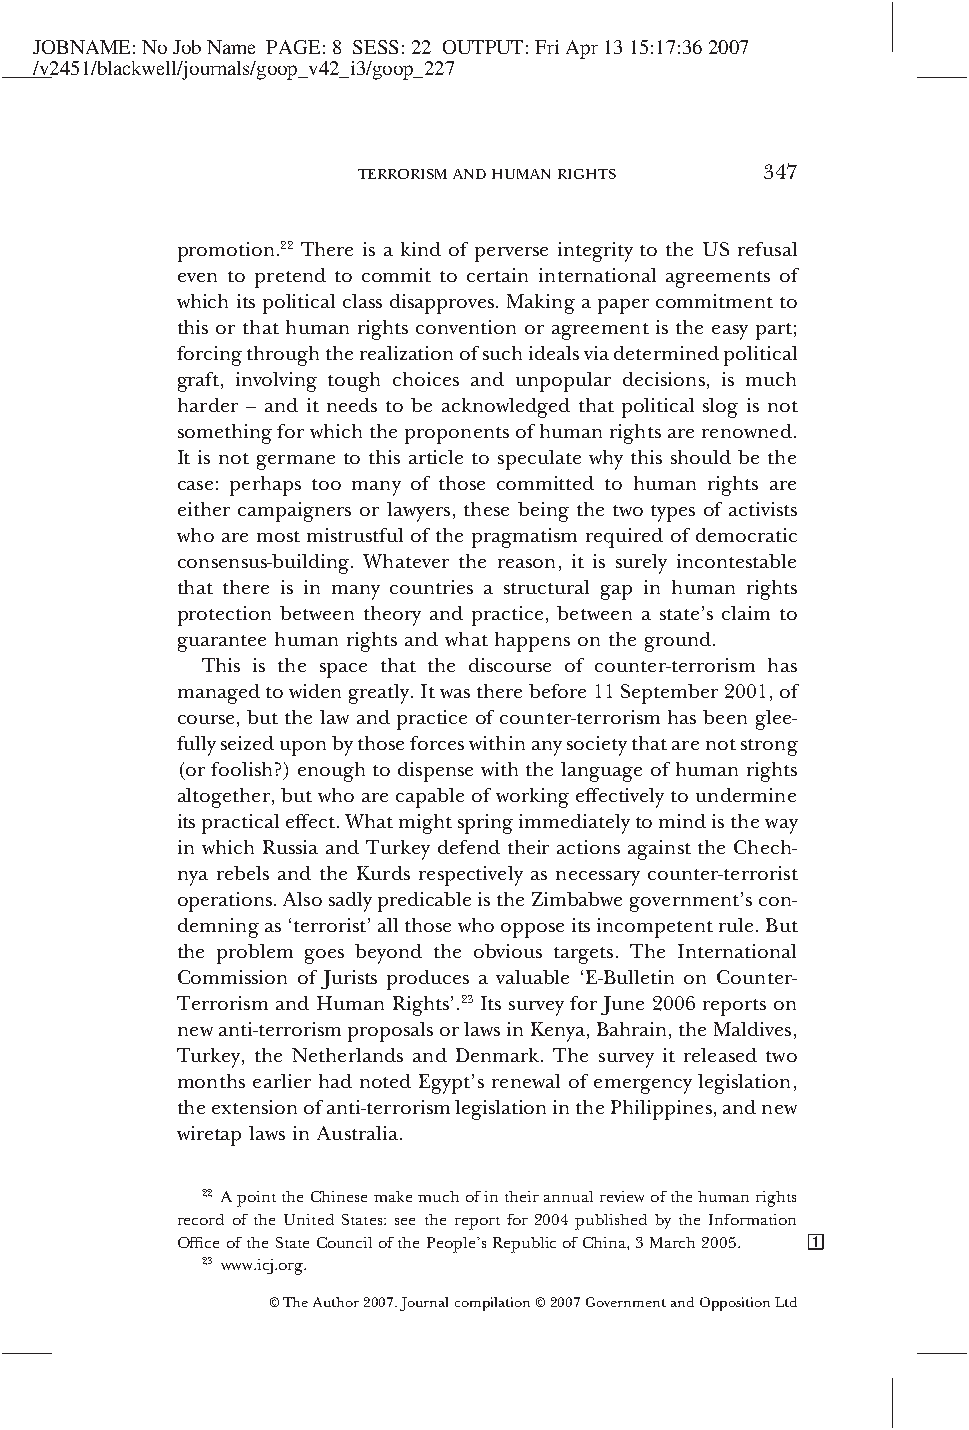
JOBNAME:NoJobName PAGE:8 SESS:22 OUTPUT:FriApr1315:17:362007
 /v2451/blackwell/journals/goop_v42_i3/goop_227
 TERRORISMANDHUMANRIGHTS    347
 promotion.22 There is a kind of perverse integrity to the US refusal
 even to pretend to commit to certain international agreements of
 whichitspoliticalclassdisapproves.Makingapapercommitmentto
 this or that human rights convention or agreement is the easy part;
 forcingthroughtherealizationofsuchidealsviadeterminedpolitical
 graft, involving tough choices and unpopular decisions, is much
 harder – and it needs to be acknowledged that political slog is not
 somethingforwhichtheproponentsofhumanrightsarerenowned.
 It is not germane to this article to speculate why this should be the
 case: perhaps too many of those committed to human rights are
 either campaigners or lawyers, these being the two types of activists
 who are most mistrustful of the pragmatism required of democratic
 consensus-building. Whatever the reason, it is surely incontestable
 that there is in many countries a structural gap in human rights
 protection between theory and practice, between a state’s claim to
 guarantee human rights and what happens on the ground.
 This is the space that the discourse of counter-terrorism has
 managedtowidengreatly.Itwastherebefore11September2001,of
 course, but the law and practice of counter-terrorism has been glee-
 fullyseizeduponbythoseforceswithinanysocietythatarenotstrong
 (orfoolish?)enoughtodispensewiththelanguageofhumanrights
 altogether,butwhoarecapableofworkingeffectivelytoundermine
 itspracticaleffect.Whatmightspringimmediatelytomindistheway
 in which Russia and Turkey defend their actions against the Chech-
 nya rebels and the Kurds respectively as necessary counter-terrorist
 operations.AlsosadlypredicableistheZimbabwegovernment’scon-
 demningas‘terrorist’allthosewhoopposeitsincompetentrule.But
 the problem goes beyond the obvious targets. The International
 Commission of Jurists produces a valuable ‘E-Bulletin on Counter-
 Terrorism and Human Rights’.23 Its survey for June 2006 reports on
 newanti-terrorismproposalsorlawsinKenya,Bahrain,theMaldives,
 Turkey, the Netherlands and Denmark. The survey it released two
 months earlier had noted Egypt’s renewal of emergency legislation,
 theextensionofanti-terrorismlegislationinthePhilippines,andnew
 wiretap laws in Australia.
 22 ApointtheChinesemakemuchofintheirannualreviewofthehumanrights
 record of the United States: see the report for 2004 published by the Information
 OfficeoftheStateCouncilofthePeople’sRepublicofChina,3March2005.
 23 www.icj.org.
 ©TheAuthor2007.Journalcompilation©2007GovernmentandOppositionLtd